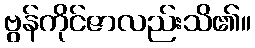
ဗွန်ကိုင်ဇာလည်းသိ၏။